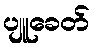
ပျူခေတ်